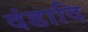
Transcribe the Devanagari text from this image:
दंडादि